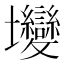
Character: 𡔖